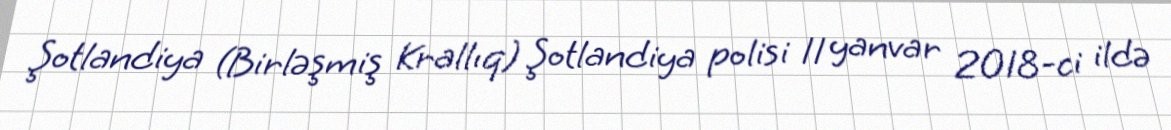
Şotlandiya (Birləşmiş Krallıq) Şotlandiya polisi 11 yanvar 2018-ci ildə